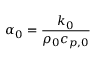
\alpha _ { 0 } = \frac { k _ { 0 } } { \rho _ { 0 } c _ { p , 0 } }